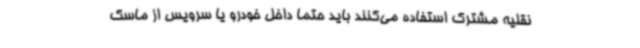
نقلیه مشترک استفاده می‌کنند باید حتما داخل خودرو یا سرویس از ماسک